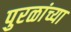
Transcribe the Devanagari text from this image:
पुरळांच्या